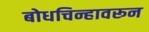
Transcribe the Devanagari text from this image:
बोधचिन्हावरून